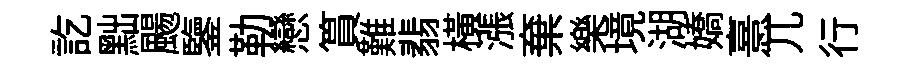
訖黜颺鑒勒戀篔難翡横漲棄樂境湖嬌憙兀行